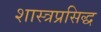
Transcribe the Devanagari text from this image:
शास्त्रप्रसिद्ध